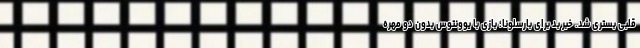
قلبی بستری شد. خبر بد برای بارسلونا؛ بازی با یوونتوس بدون دو مهره